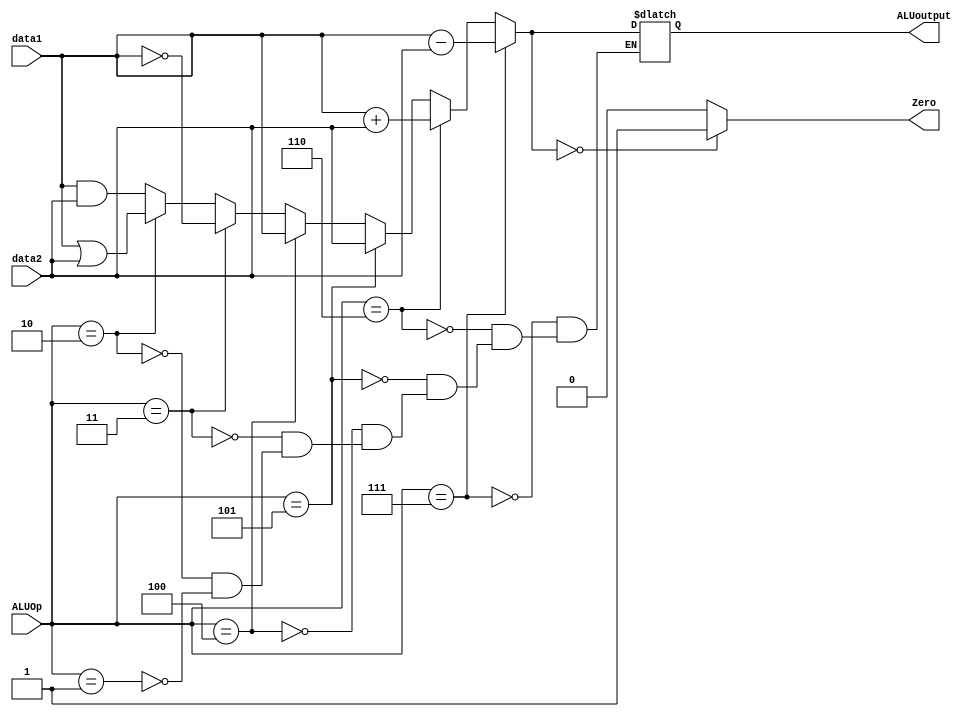
`timescale 1ns / 1ns

module ALU( data1, data2, ALUoutput, ALUOp, Zero);

    input [63:0] data1, data2;
    input [2:0] ALUOp;
    output reg [63:0] ALUoutput;
    output reg Zero;

    always @( data1 or data2 or ALUoutput or ALUOp)
    begin

    if (ALUOp == 3'b001)
        ALUoutput = data1 & data2;
        
    if (ALUOp == 3'b010)
        ALUoutput = data1 | data2;
        
    if (ALUOp == 3'b011)
        ALUoutput = ~data1 ;
        
    if (ALUOp == 3'b100)
        ALUoutput = data1;
        
    if (ALUOp == 3'b101)
        ALUoutput = data2;
        
    if (ALUOp == 3'b110)
        ALUoutput = data1 + data2;
        
    if (ALUOp == 3'b111)
        ALUoutput = data1 - data2;
        
    if (ALUoutput==0)
        Zero = 1;
    else
        Zero = 0;

    end
    
endmodule